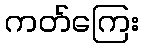
ကတ်ကြေး